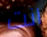
انت